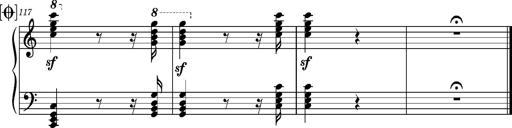
Title: Ungarischer Romanzero
Composer: Franz Liszt